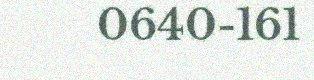
0640-161